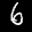
Label: 6